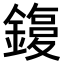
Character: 𨫙